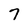
Character: 7